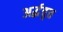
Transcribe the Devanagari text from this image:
अर्द्धवृत्त